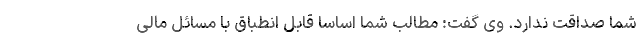
شما صداقت ندارد. وی گفت: مطالب شما اساسا قابل انطباق با مسائل مالی